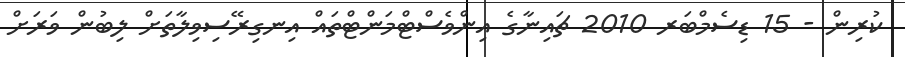
ކުރިން - 15 ޑިސެމްބަރ 2010 ޗައިނާގެ އިންވެސްޓްމަންޓްތައް އިނގިރޭސިވިލާތަށް ލިބުން ވަރަށް